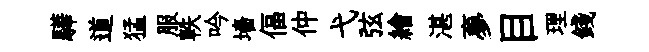
驊道猛服軼吟墻偪仲弋弦繪湛夣目理錢